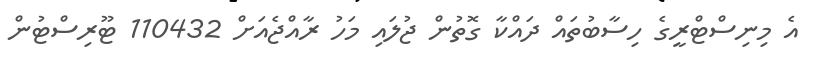
އެ މިނިސްޓްރީގެ ހިސާބުތައް ދައްކާ ގޮތުން ޖުލައި މަހު ރާއްޖެއަށް 110432 ޓޫރިސްޓުން